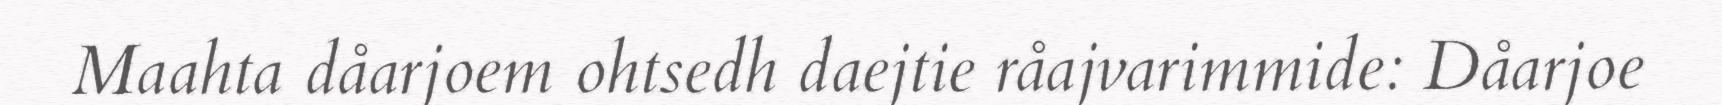
Maahta dåarjoem ohtsedh daejtie råajvarimmide: Dåarjoe